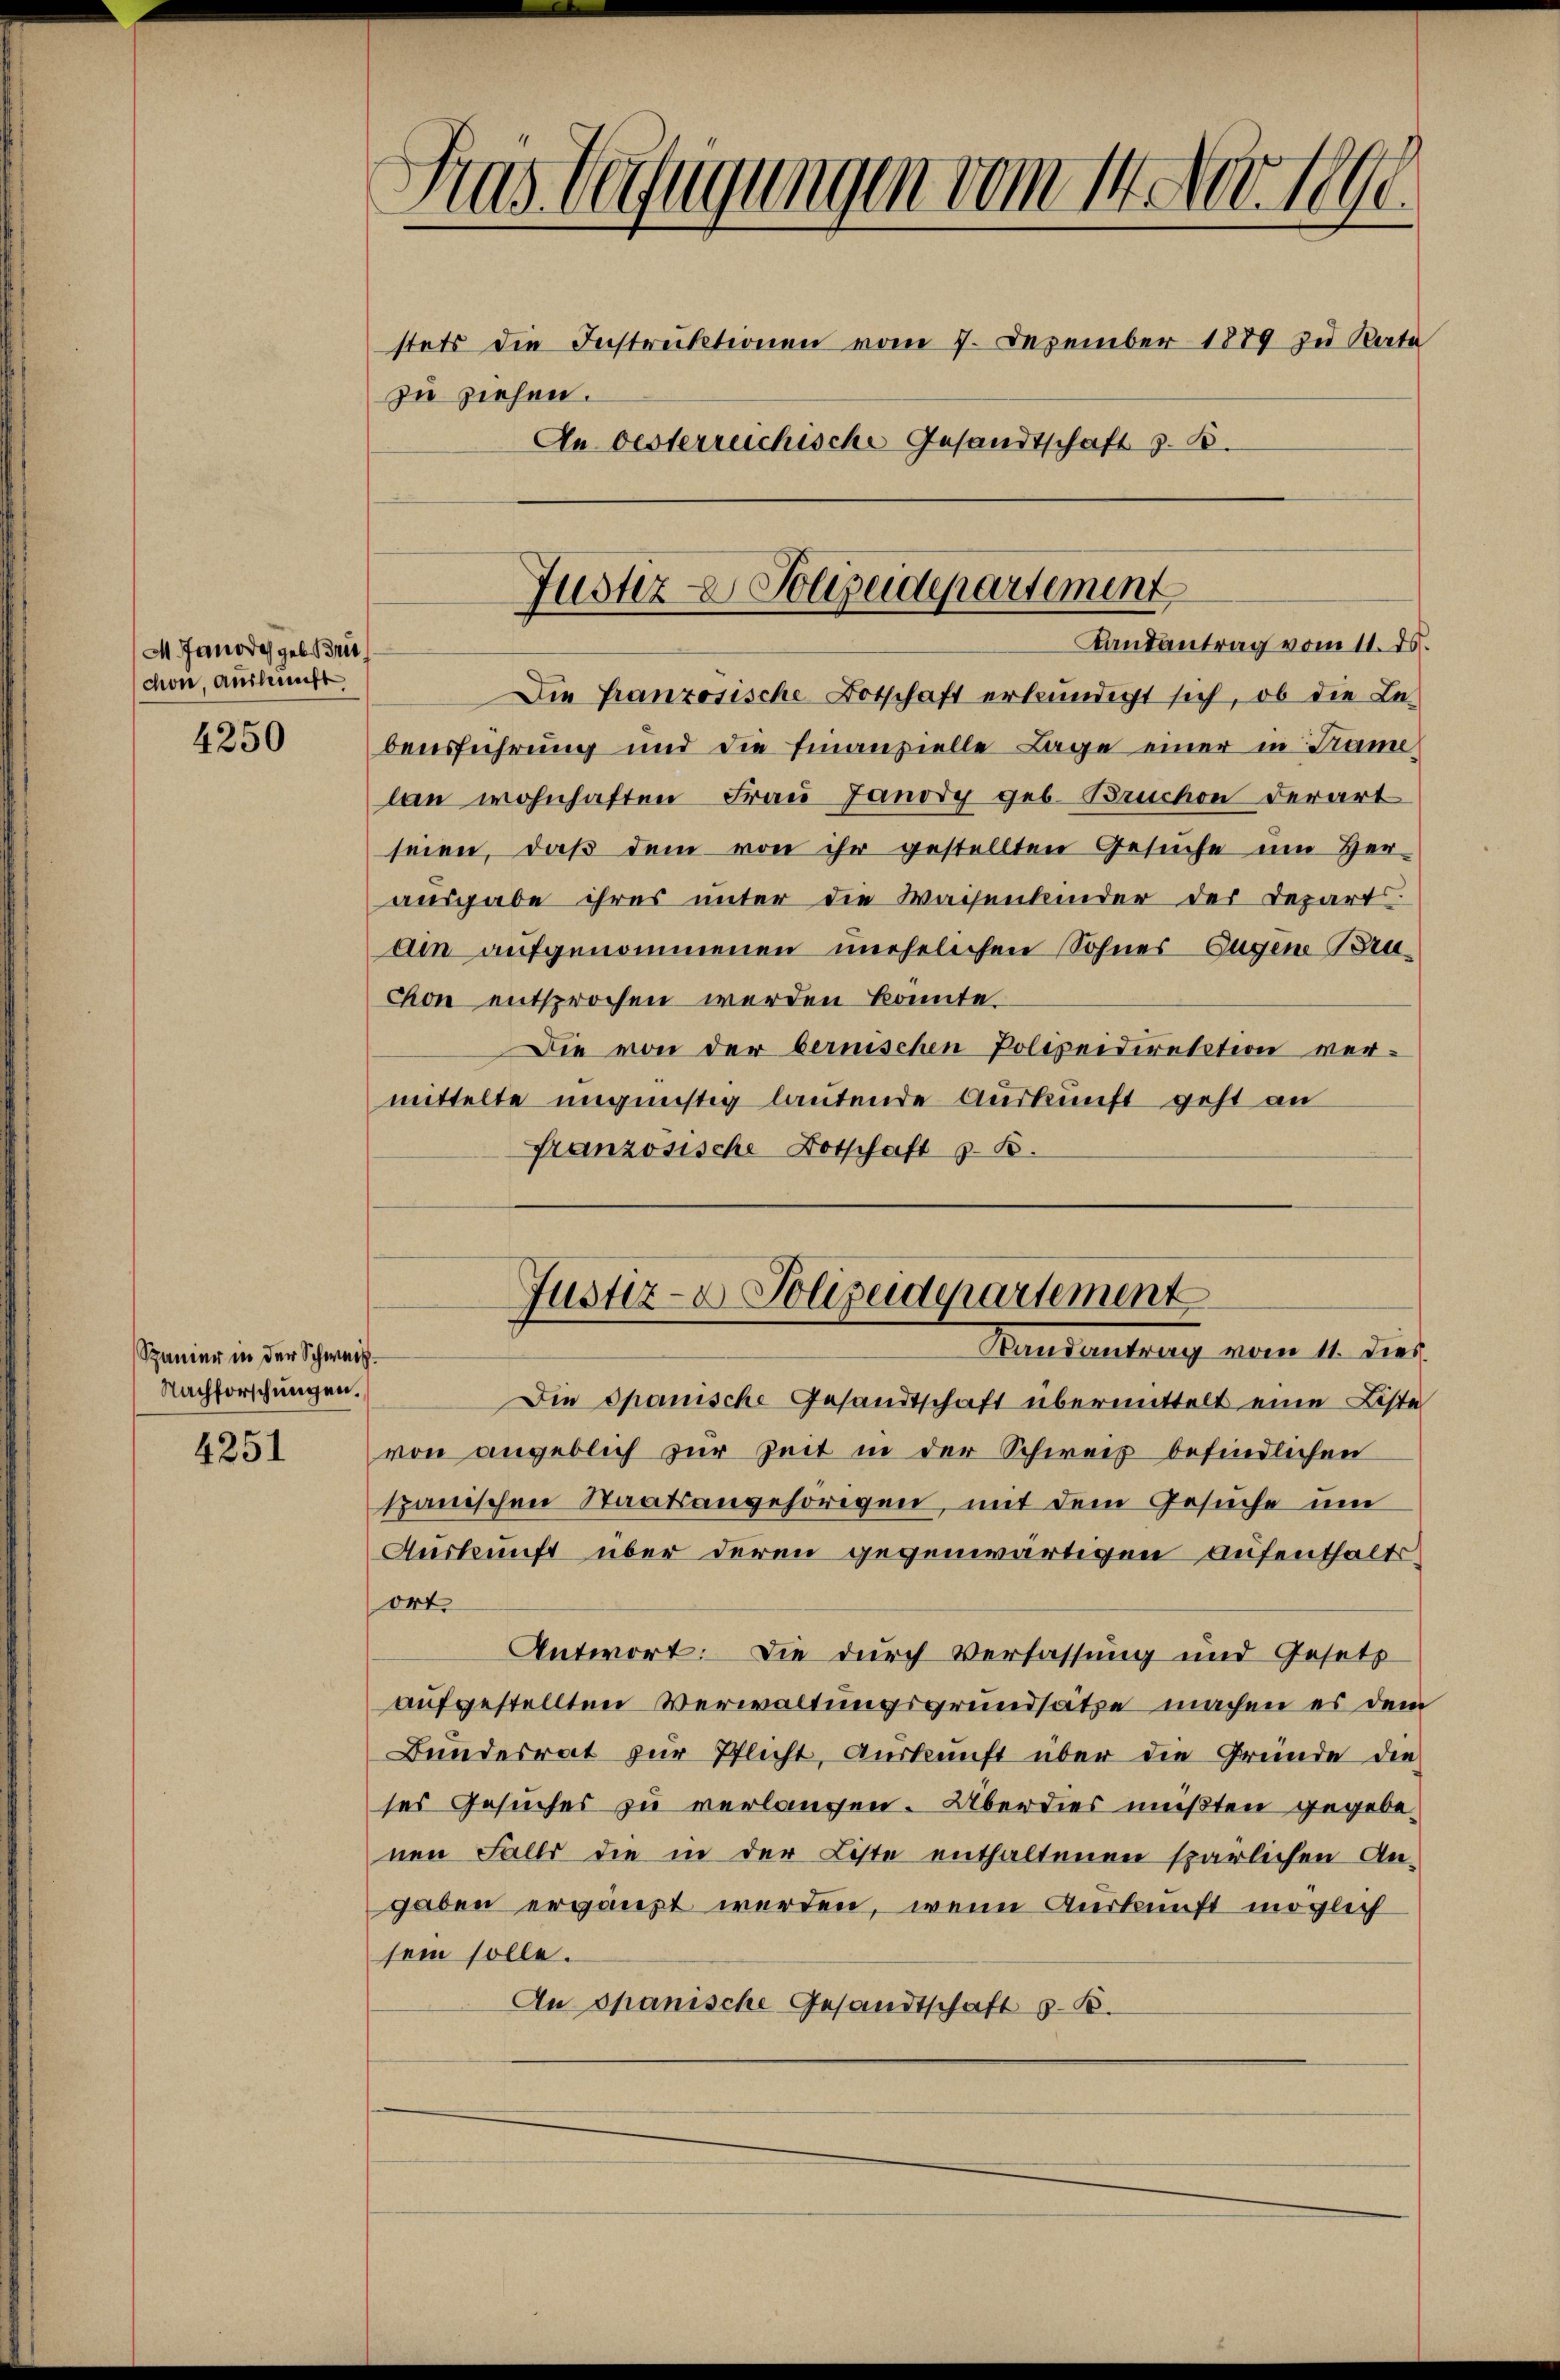
M. Janode geb. Brie
chon, Auskunft

4250

Spanier in der Schweiz.
Nachforschungen.

4251

Gras Verfügungen vom 14. Nov. 1890
stets die Instruktionen vom 7. Dezember 1889 zu Rate
zu ziehen.
In Oesterreichische Gesandtschaft z. B.

Die franzosische Botschaft erkundigt sich, ob die Le-
beusführung und die Finanzielle Lage einer in Trame
lan wohnhaften Frau Janody geb. Bruchen derart
seien, daß dem von ihr gestellten Gesuche um Her-
ausgabe ihres unter die Waisenkinder der Depart
ain aufgenommenen unehelichen Sohner Eugen Bruchon entsprochen werden könnte.
Die von der bernischen Polizeidirektion vermittelte ungünstig lautende Auskunft geht an
Französische Botschaft z. B.

Justiz - Polizeidepartement
Landantrag vom 11. ds.

Justiz- & Polizeiderartement
Varesentirung vom 11. dies

Die Spanische Gesandtschaft übermittelt eine Liste
von angeblich zur Zeit in der Schweiz befindlichen
spanischen Staatsangehörigen, mit dem Gesuche um
Auskunft über deren gegenwärtigen Aufenthaltsort.
Antwort: Die durch Verfassung und Gesetz
aufgestellten Verwaltungsgrundsätze machen es dem
Bundesrat zur Pflicht, Auskunft über die Gründe die
ses Gesuches zu verlangen. Überdies mußten gegebenen Falls die in der Liste enthaltenen spärlichen An-
gaben ergänzt werden, wenn Auskunft möglich
sein solle.
An Spanische Gesandtschaft 5. B.